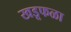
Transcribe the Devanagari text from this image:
खडूफळा